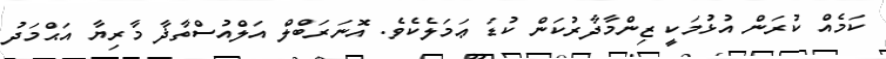
ކަމެއް ކުރަން އުޅުމަކީ ޒިންމާދާރުކަން ކުޑަ ޢަމަލެކެވެ. އޮނަރަބްލް އަލްއުސްތާޛާ މާރިޔާ އަޙްމަދު